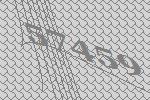
57459